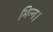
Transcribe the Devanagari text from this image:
भिन्‍न।